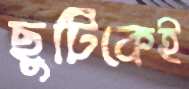
ছুটিকেই